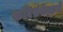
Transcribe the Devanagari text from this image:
कविसंमेल्लनों